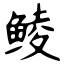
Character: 鲮